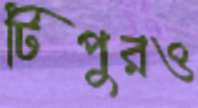
টিপুরও